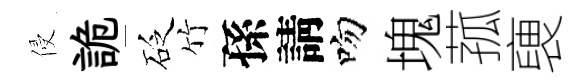
侵詭砭竹孫請吻塊菰褏